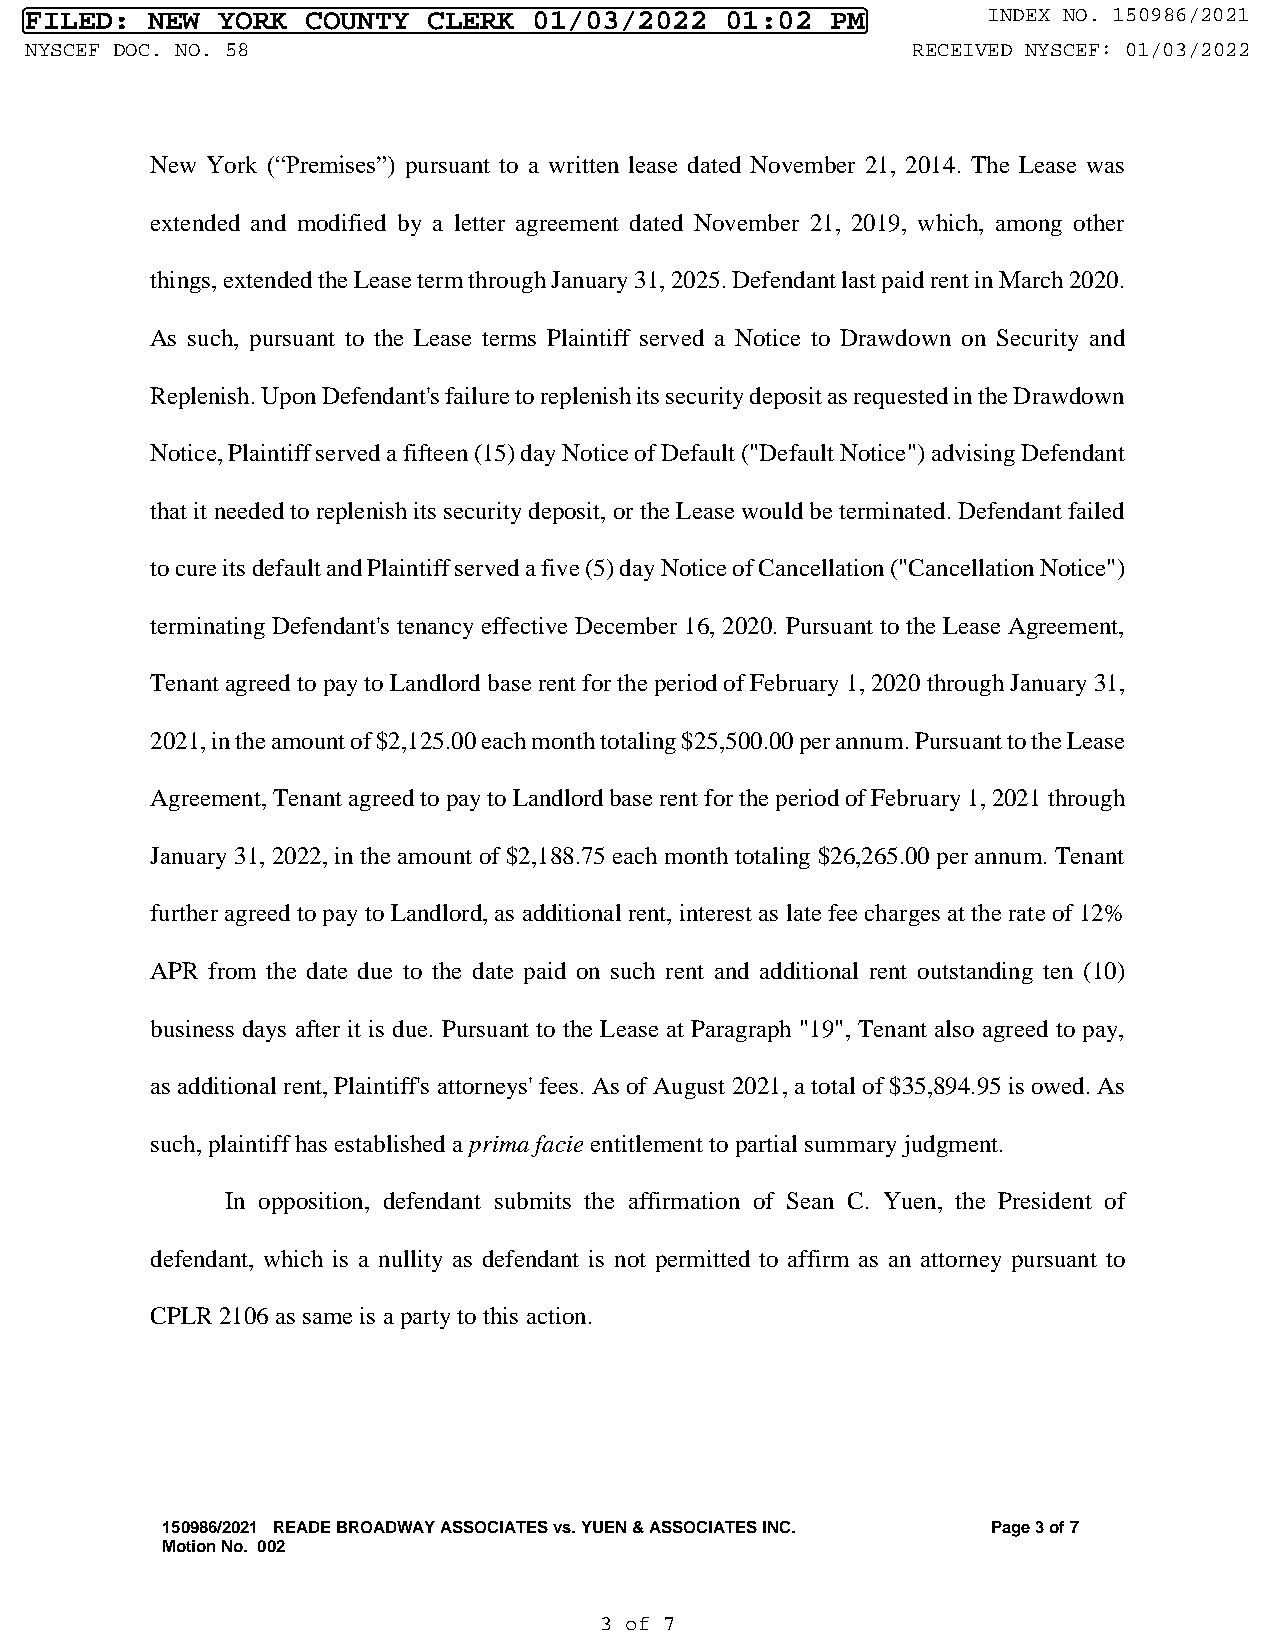
FILED:  NEW YORK  COUNTY  CLERK  01/03/2022   01:02  PM        INDEX NO. 150986/2021
 NYSCEF DOC. NO. 58                                        RECEIVED NYSCEF: 01/03/2022
 New York (“Premises”) pursuant to a written lease dated November 21, 2014. The Lease was
 extended and modified by a letter agreement dated November 21, 2019, which, among other
 things, extended the Lease term through January 31, 2025. Defendant last paid rent in March 2020.
 As such, pursuant to the Lease terms Plaintiff served a Notice to Drawdown on Security and
 Replenish. Upon Defendant's failure to replenish its security deposit as requested in the Drawdown
 Notice, Plaintiff served a fifteen (15) day Notice of Default ("Default Notice") advising Defendant
 that it needed to replenish its security deposit, or the Lease would be terminated. Defendant failed
 to cure its default and Plaintiff served a five (5) day Notice of Cancellation ("Cancellation Notice")
 terminating Defendant's tenancy effective December 16, 2020. Pursuant to the Lease Agreement,
 Tenant agreed to pay to Landlord base rent for the period of February 1, 2020 through January 31,
 2021, in the amount of $2,125.00 each month totaling $25,500.00 per annum. Pursuant to the Lease
 Agreement, Tenant agreed to pay to Landlord base rent for the period of February 1, 2021 through
 January 31, 2022, in the amount of $2,188.75 each month totaling $26,265.00 per annum. Tenant
 further agreed to pay to Landlord, as additional rent, interest as late fee charges at the rate of 12%
 APR from the date due to the date paid on such rent and additional rent outstanding ten (10)
 business days after it is due. Pursuant to the Lease at Paragraph "19", Tenant also agreed to pay,
 as additional rent, Plaintiff's attorneys' fees. As of August 2021, a total of $35,894.95 is owed. As
 such, plaintiff has established a prima facie entitlement to partial summary judgment.
 In opposition, defendant submits the affirmation of Sean C. Yuen, the President of
 defendant, which is a nullity as defendant is not permitted to affirm as an attorney pursuant to
 CPLR 2106 as same is a party to this action.
 150986/2021 READE BROADWAY ASSOCIATES vs. YUEN & ASSOCIATES INC. Page 3 of 7
 Motion No. 002
 3 of 7